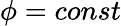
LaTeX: \phi=const